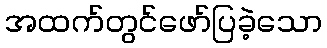
အထက်တွင်ဖော်ပြခဲ့သော